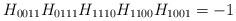
LaTeX: \begin{align*}H_{0011}H_{0111}H_{1110}H_{1100}H_{1001}=-1\end{align*}